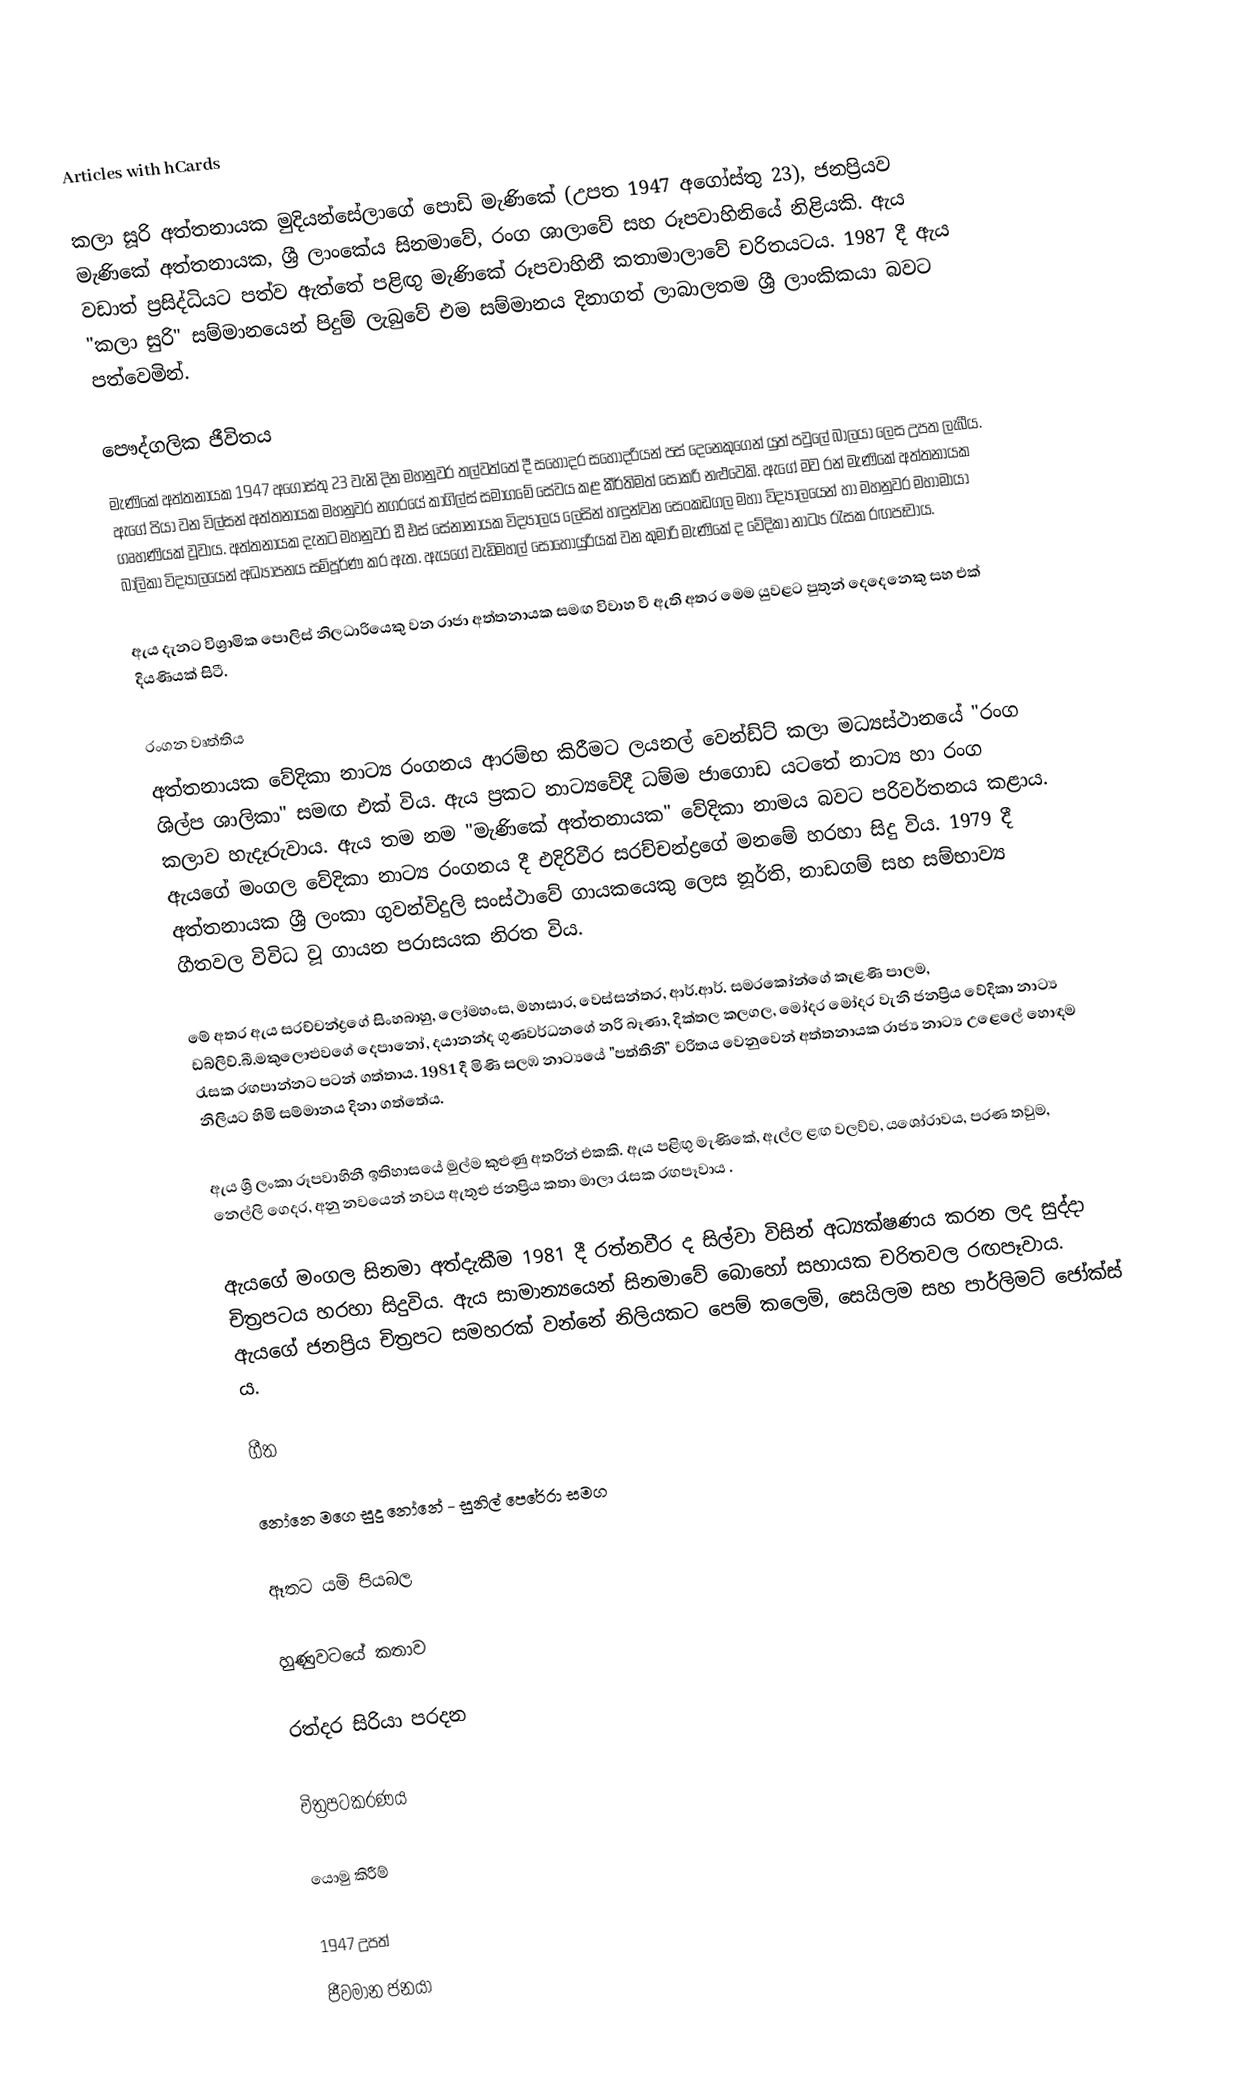
Articles with hCards

කලා සූරි අත්තනායක මුදියන්සේලාගේ පොඩි මැණිකේ (උපත 1947 අගෝස්තු 23), ජනප්‍රියව මැණිකේ අත්තනායක, ශ්‍රී ලාංකේය සිනමාවේ, රංග ශාලාවේ සහ රූපවාහිනියේ නිළියකි.  ඇය වඩාත් ප්‍රසිද්ධියට පත්ව ඇත්තේ පළිඟු මැණිකේ රූපවාහිනී කතාමාලාවේ චරිතයටය.  1987 දී ඇය "කලා සුරි" සම්මානයෙන් පිදුම් ලැබුවේ එම සම්මානය දිනාගත් ලාබාලතම ශ්‍රී ලාංකිකයා බවට පත්වෙමින්.

පෞද්ගලික ජීවිතය
මැණිකේ අත්තනායක 1947 අගෝස්තු 23 වැනි දින මහනුවර තල්වත්තේ දී සහෝදර සහෝදරියන් පස් දෙනෙකුගෙන් යුත් පවුලේ බාලයා ලෙස උපත ලැබීය. ඇගේ පියා වන විල්සන් අත්තනායක මහනුවර නගරයේ කාගිල්ස් සමාගමේ සේවය කළ කීර්තිමත් සොකරි නළුවෙකි.  ඇගේ මව රන් මැණිකේ අත්තනායක ගෘහණියක් වූවාය.  අත්තනායක දැනට මහනුවර ඩී එස් සේනානායක විද්‍යාලය ලෙසින් හඳුන්වන සෙංකඩගල මහා විද්‍යාලයෙන්  හා මහනුවර මහාමායා බාලිකා විද්‍යාලයෙන් අධ්‍යාපනය සම්පූර්ණ කර ඇත.  ඇයගේ වැඩිමහල් සොහොයුරියක් වන කුමාරි මැණිකේ ද වේදිකා නාට්‍ය රැසක රඟපෑවාය.

ඇය දැනට විශ්‍රාමික පොලිස් නිලධාරියෙකු වන රාජා අත්තනායක  සමඟ විවාහ වී ඇති අතර මෙම යුවළට පුතුන් දෙදෙනෙකු සහ එක් දියණියක් සිටී.

රංගන වෘත්තිය
අත්තනායක වේදිකා නාට්‍ය රංගනය ආරම්භ කිරීමට ලයනල් වෙන්ඩ්ට් කලා මධ්‍යස්ථානයේ "රංග ශිල්ප ශාලිකා" සමඟ එක් විය.  ඇය ප්‍රකට නාට්‍යවේදී ධම්ම ජාගොඩ යටතේ නාට්‍ය හා රංග කලාව හැදෑරුවාය. ඇය තම නම "මැණිකේ අත්තනායක" වේදිකා නාමය බවට පරිවර්තනය කළාය.  ඇයගේ මංගල වේදිකා නාට්‍ය රංගනය  දී එදිරිවීර සරච්චන්ද්‍රගේ මනමේ හරහා සිදු විය. 1979 දී අත්තනායක ශ්‍රී ලංකා ගුවන්විදුලි සංස්ථාවේ ගායකයෙකු ලෙස නූර්ති, නාඩගම් සහ සම්භාව්‍ය ගීතවල විවිධ වූ ගායන පරාසයක නිරත විය.

මේ අතර ඇය සරච්චන්ද්‍රගේ සිංහබාහු, ලෝමහංස, මහාසාර, වෙස්සන්තර, ආර්.ආර්. සමරකෝන්ගේ කැළණි පාලම, ඩබ්ලිව්.බී.මකුලොළුවගේ දෙපානෝ, දයානන්ද ගුණවර්ධනගේ නරි බෑණා, දික්තල කලගල, මෝදර මෝදර වැනි ජනප්‍රිය වේදිකා නාට්‍ය රැසක රඟපාන්නට පටන් ගත්තාය.  1981 දී මිණි සලඹ නාට්‍යයේ "පත්තිනි" චරිතය වෙනුවෙන් අත්තනායක රාජ්‍ය නාට්‍ය උළෙලේ හොඳම නිලියට හිමි සම්මානය දිනා ගත්තේය.

ඇය ශ්‍රී ලංකා රූපවාහිනී ඉතිහාසයේ මුල්ම කුළුණු අතරින් එකකි. ඇය පළිඟු මැණිකේ, ඇල්ල ළඟ වලව්ව, යශෝරාවය, පරණ තවුම, නෙල්ලි ගෙදර, අනු නවයෙන් නවය ඇතුළු ජනප්‍රිය කතා මාලා රැසක රඟපෑවාය .

ඇයගේ මංගල සිනමා අත්දැකීම 1981 දී රත්නවීර ද සිල්වා විසින් අධ්‍යක්ෂණය කරන ලද සුද්දා චිත්‍රපටය හරහා සිදුවිය. ඇය සාමාන්‍යයෙන් සිනමාවේ බොහෝ සහායක චරිතවල රඟපෑවාය. ඇයගේ ජනප්‍රිය චිත්‍රපට සමහරක් වන්නේ නිලියකට පෙම් කලෙමි, සෙයිලම සහ පාර්ලිමට් ජෝක්ස් ය.

ගීත

 නෝනෙ මගෙ සුදු නෝනේ - සුනිල් පෙරේරා සමග

 ඈතට යමි පියබල

 හුණුවටයේ කතාව

 රත්දර සිරියා පරදන

චිත්‍රපටකරණය

යොමු කිරීම්

1947 උපත්
ජීවමාන ජනයා